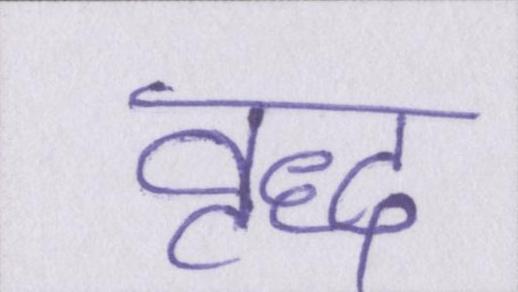
वृद्ध